Scottish Leaving Certificate Examination, 1958
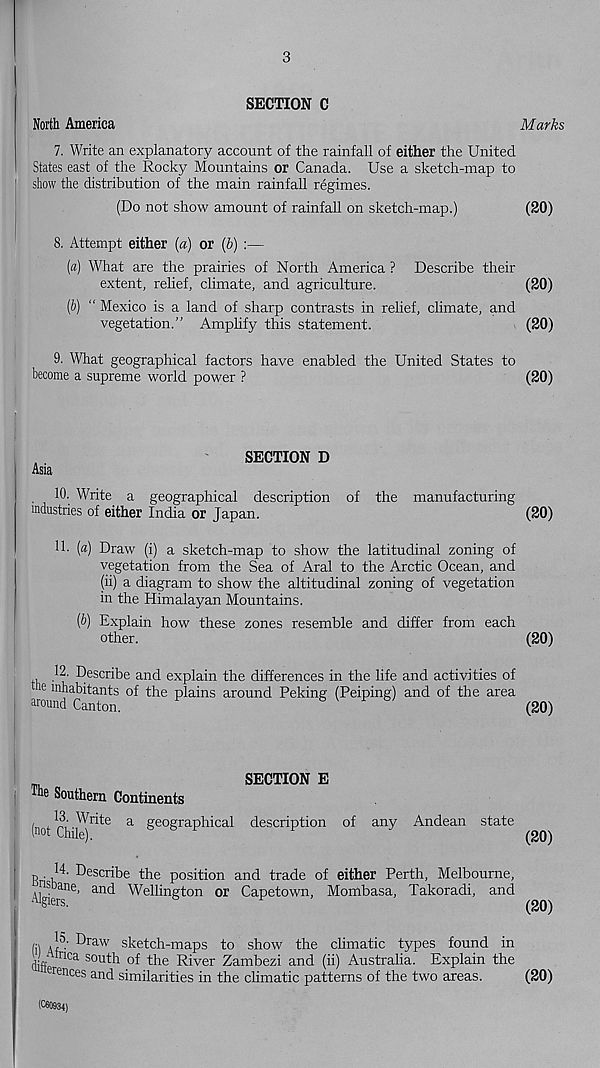
3
SECTION C
North America
7. Write an explanatory account of the rainfall of either the United
States east of the Rocky Mountains or Canada. Use a sketch-map to
show the distribution of the main rainfall regimes.
(Do not show amount of rainfall on sketch-map.)
8. Attempt either (a) or (b) :—
(a) What are the prairies of North America ? Describe their
extent, rehef, climate, and agriculture.
(b) " Mexico is a land of sharp contrasts in relief, climate, and
vegetation." Amplify this statement.
9. What geographical factors have enabled the United States to
become a supreme world power ?
SECTION D
Asia
10. Write a geographical description of the manufacturing
industries of either India or Japan.
11. (a) Draw (i) a sketch-map to show the latitudinal zoning of
vegetation from the Sea of Aral to the Arctic Ocean, and
(ii) a diagram to show the altitudinal zoning of vegetation
in the Himalayan Mountains.
(b) Explain how these zones resemble and differ from each
other.
12. Describe and explain the differences in the life and activities of
e inhabitants of the plains around Peking (Peiping) and of the area
around Canton.
SECTION E
The Southern Continents
(not Q
a g e°gra phical description of any Andean state
B •
-describe the position and trade of either Perth, Melbourne,
y^a ne > and Wellington or Capetown, Mombasa, Takoradi, and
/jv , Draw sketch-maps to show the climatic types found in
Jj-g tnca south of the River Zambezi and (ii) Australia. Explain the
orences and similarities in the climatic patterns of the two areas.
(060934)
Marks
(20)
(20)
(20)
(20)
(20)
(20)
(20)
(20)
(20)
(20)